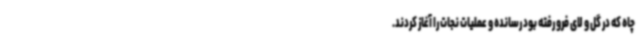
چاه که در گل و لای فرو رفته بود رسانده و عملیات نجات را آغاز کردند.